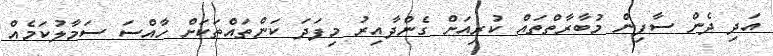
އަދި ދެން ސާފިން މުބާރާތްތައް ކުރިއަށް ގެންދާއިރު މިފަދަ ކަންތައްތަކަށް ހާއްސަ ސަމާލުކަމެއް